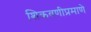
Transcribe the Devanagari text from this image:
शिकवणीप्रमाणे